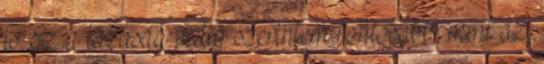
is. Ez a lazaság pedig szerintem fontosabb, mint az,